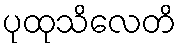
ပုထုသိလေတိ